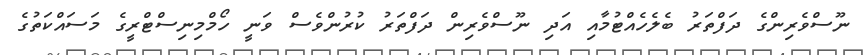
ނޫސްވެރިންގެ ދަފްތަރު ބެލެހެއްޓުމާއި އަދި ނޫސްވެރިން ދަފްތަރު ކުރުންވެސް ވަނީ ހޯމްމިނިސްޓްރީގެ މަސައްކަތުގެ